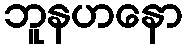
ဘူနဟနော